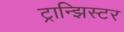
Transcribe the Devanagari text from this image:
ट्रान्झिस्टर